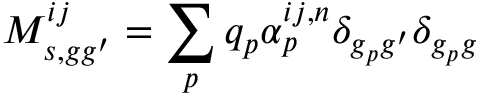
M _ { s , g g ^ { \prime } } ^ { i j } = \sum _ { p } q _ { p } { \alpha } _ { p } ^ { i j , n } \delta _ { g _ { p } g ^ { \prime } } \delta _ { g _ { p } g }